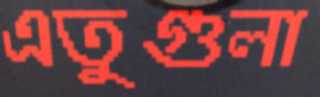
এতুগুলা